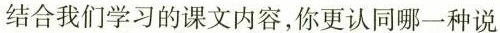
结合我们学习的课文内容，你更认同哪一种说